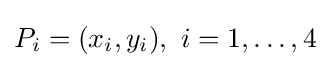
P_{i}=(x_{i},y_{i}),\ i=1,\ldots ,4